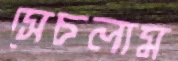
সেচলাম